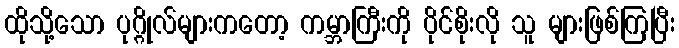
ထိုသို့သော ပုဂ္ဂိုလ်များကတော့ ကမ္ဘာကြီးကို ပိုင်စိုးလို သူ များဖြစ်ကြပြီး